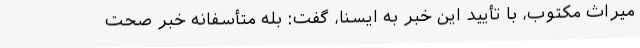
میراث مکتوب، با تأیید این خبر به ایسنا، گفت: بله متأسفانه خبر صحت